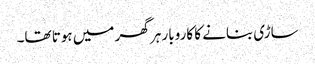
ساڑی بنانے کا کاروبار ہر گھر میں ہوتا تھا۔